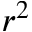
r ^ { 2 }